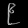
Digit: ၉